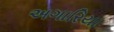
અગારિયા